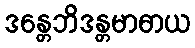
ဒန္တေဘိဒန္တမာဓာယ